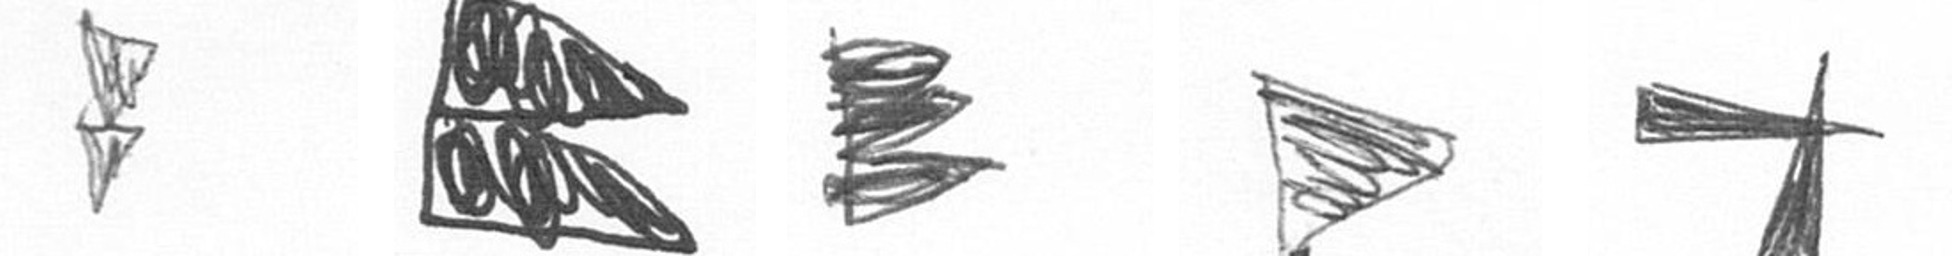
Z P H T G